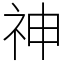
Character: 神